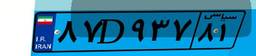
۳۲D۳۵۵۲۰